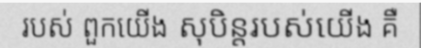
របស់ ពួកយើង សុបិន្តរបស់យើង គឺ